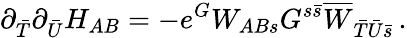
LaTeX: \partial_{\bar{T}}\partial_{\bar{U}}H_{AB}=-e^{G}W_{ABs}G^{s{\bar{s}}}\overline{{{W}}}_{{\bar{T}}{\bar{U}}{\bar{s}}}\, .